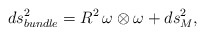
\begin{align*}ds^{2}_{bundle}= R^{2}\,\omega \otimes \omega+ ds^{2}_{M},\end{align*}